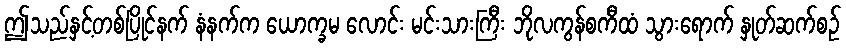
ဤသည်နှင့်တစ်ပြိုင်နက် နံနက်က ယောက္ခမ လောင်း မင်းသားကြီး ဘိုလကွန်စကီထံ သွားရောက် နှုတ်ဆက်စဉ်